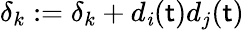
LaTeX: \delta_{k}:=\delta_{k}+d_{\mathit{i}}(\mathsf{t})d_{j}(\mathsf{t})